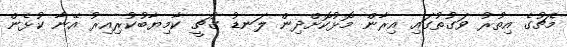
މެޗުގެ އިތުރު ވަގުތުގައި އިރާން މޮޅުކޮށްދިން ލަނޑު ގުޗީ ކާމިޔާބުކުރިއިރު އޭނާ ކުޅެން